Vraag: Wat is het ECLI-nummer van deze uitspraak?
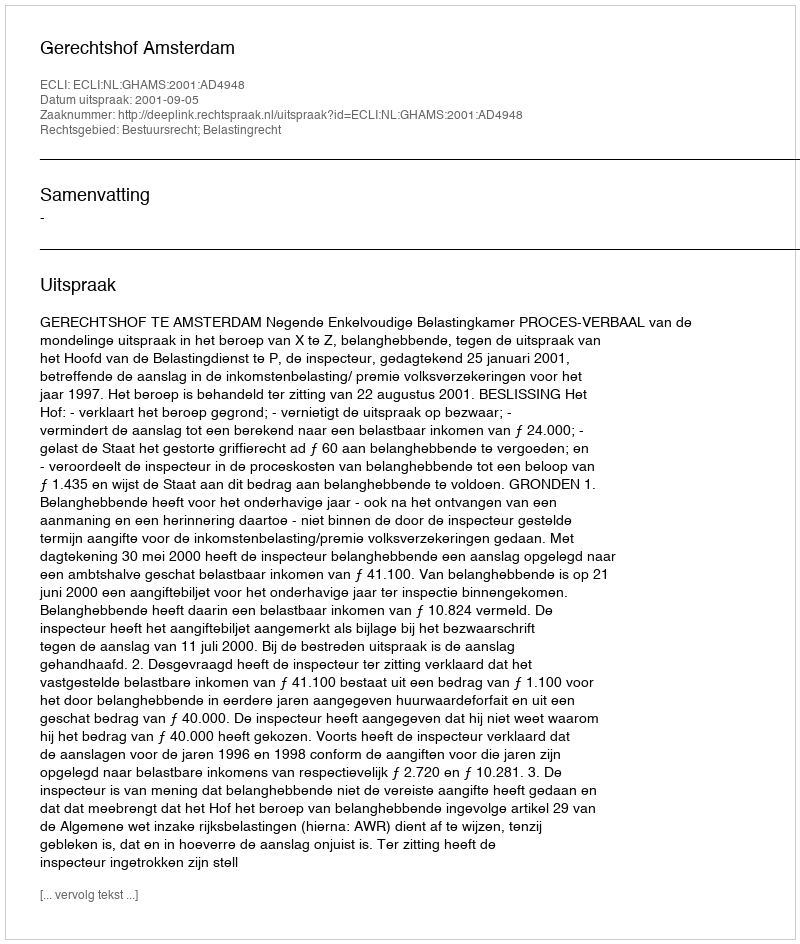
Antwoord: ECLI:NL:GHAMS:2001:AD4948